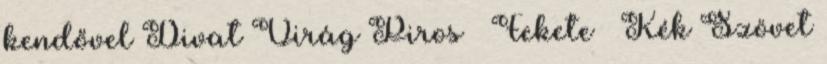
kendővel Divat Virág Piros Fekete Kék Szövet